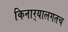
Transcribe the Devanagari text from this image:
किनार्‍यालगतच